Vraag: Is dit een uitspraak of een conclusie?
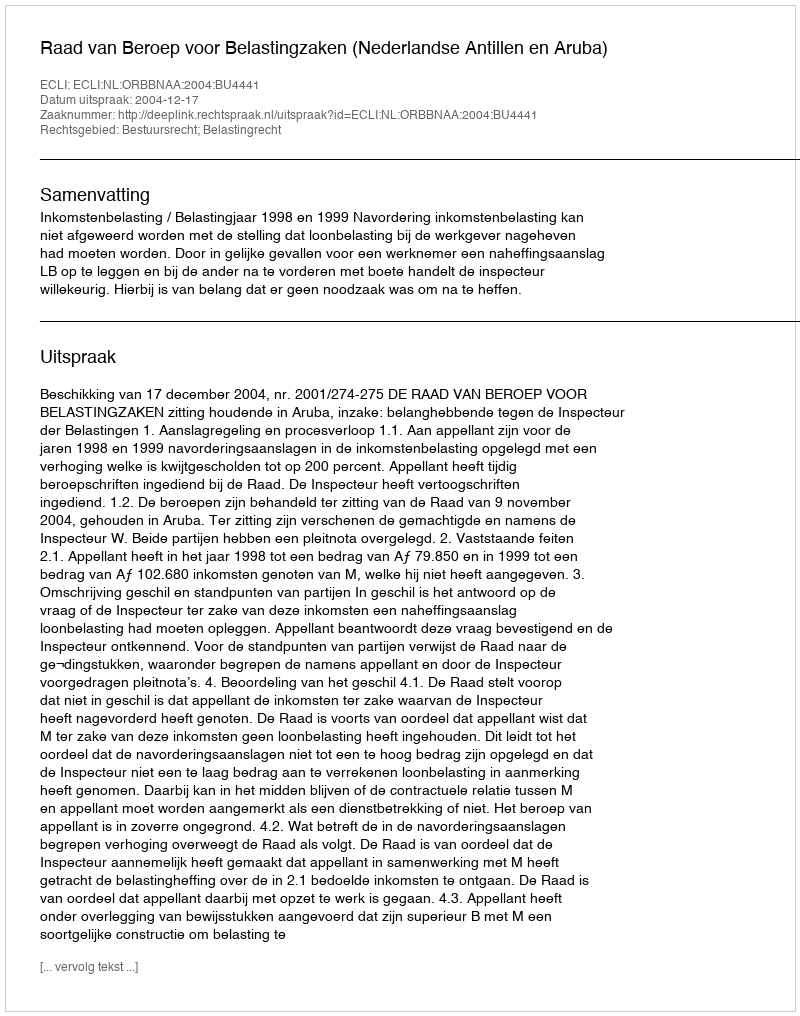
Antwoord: Uitspraak